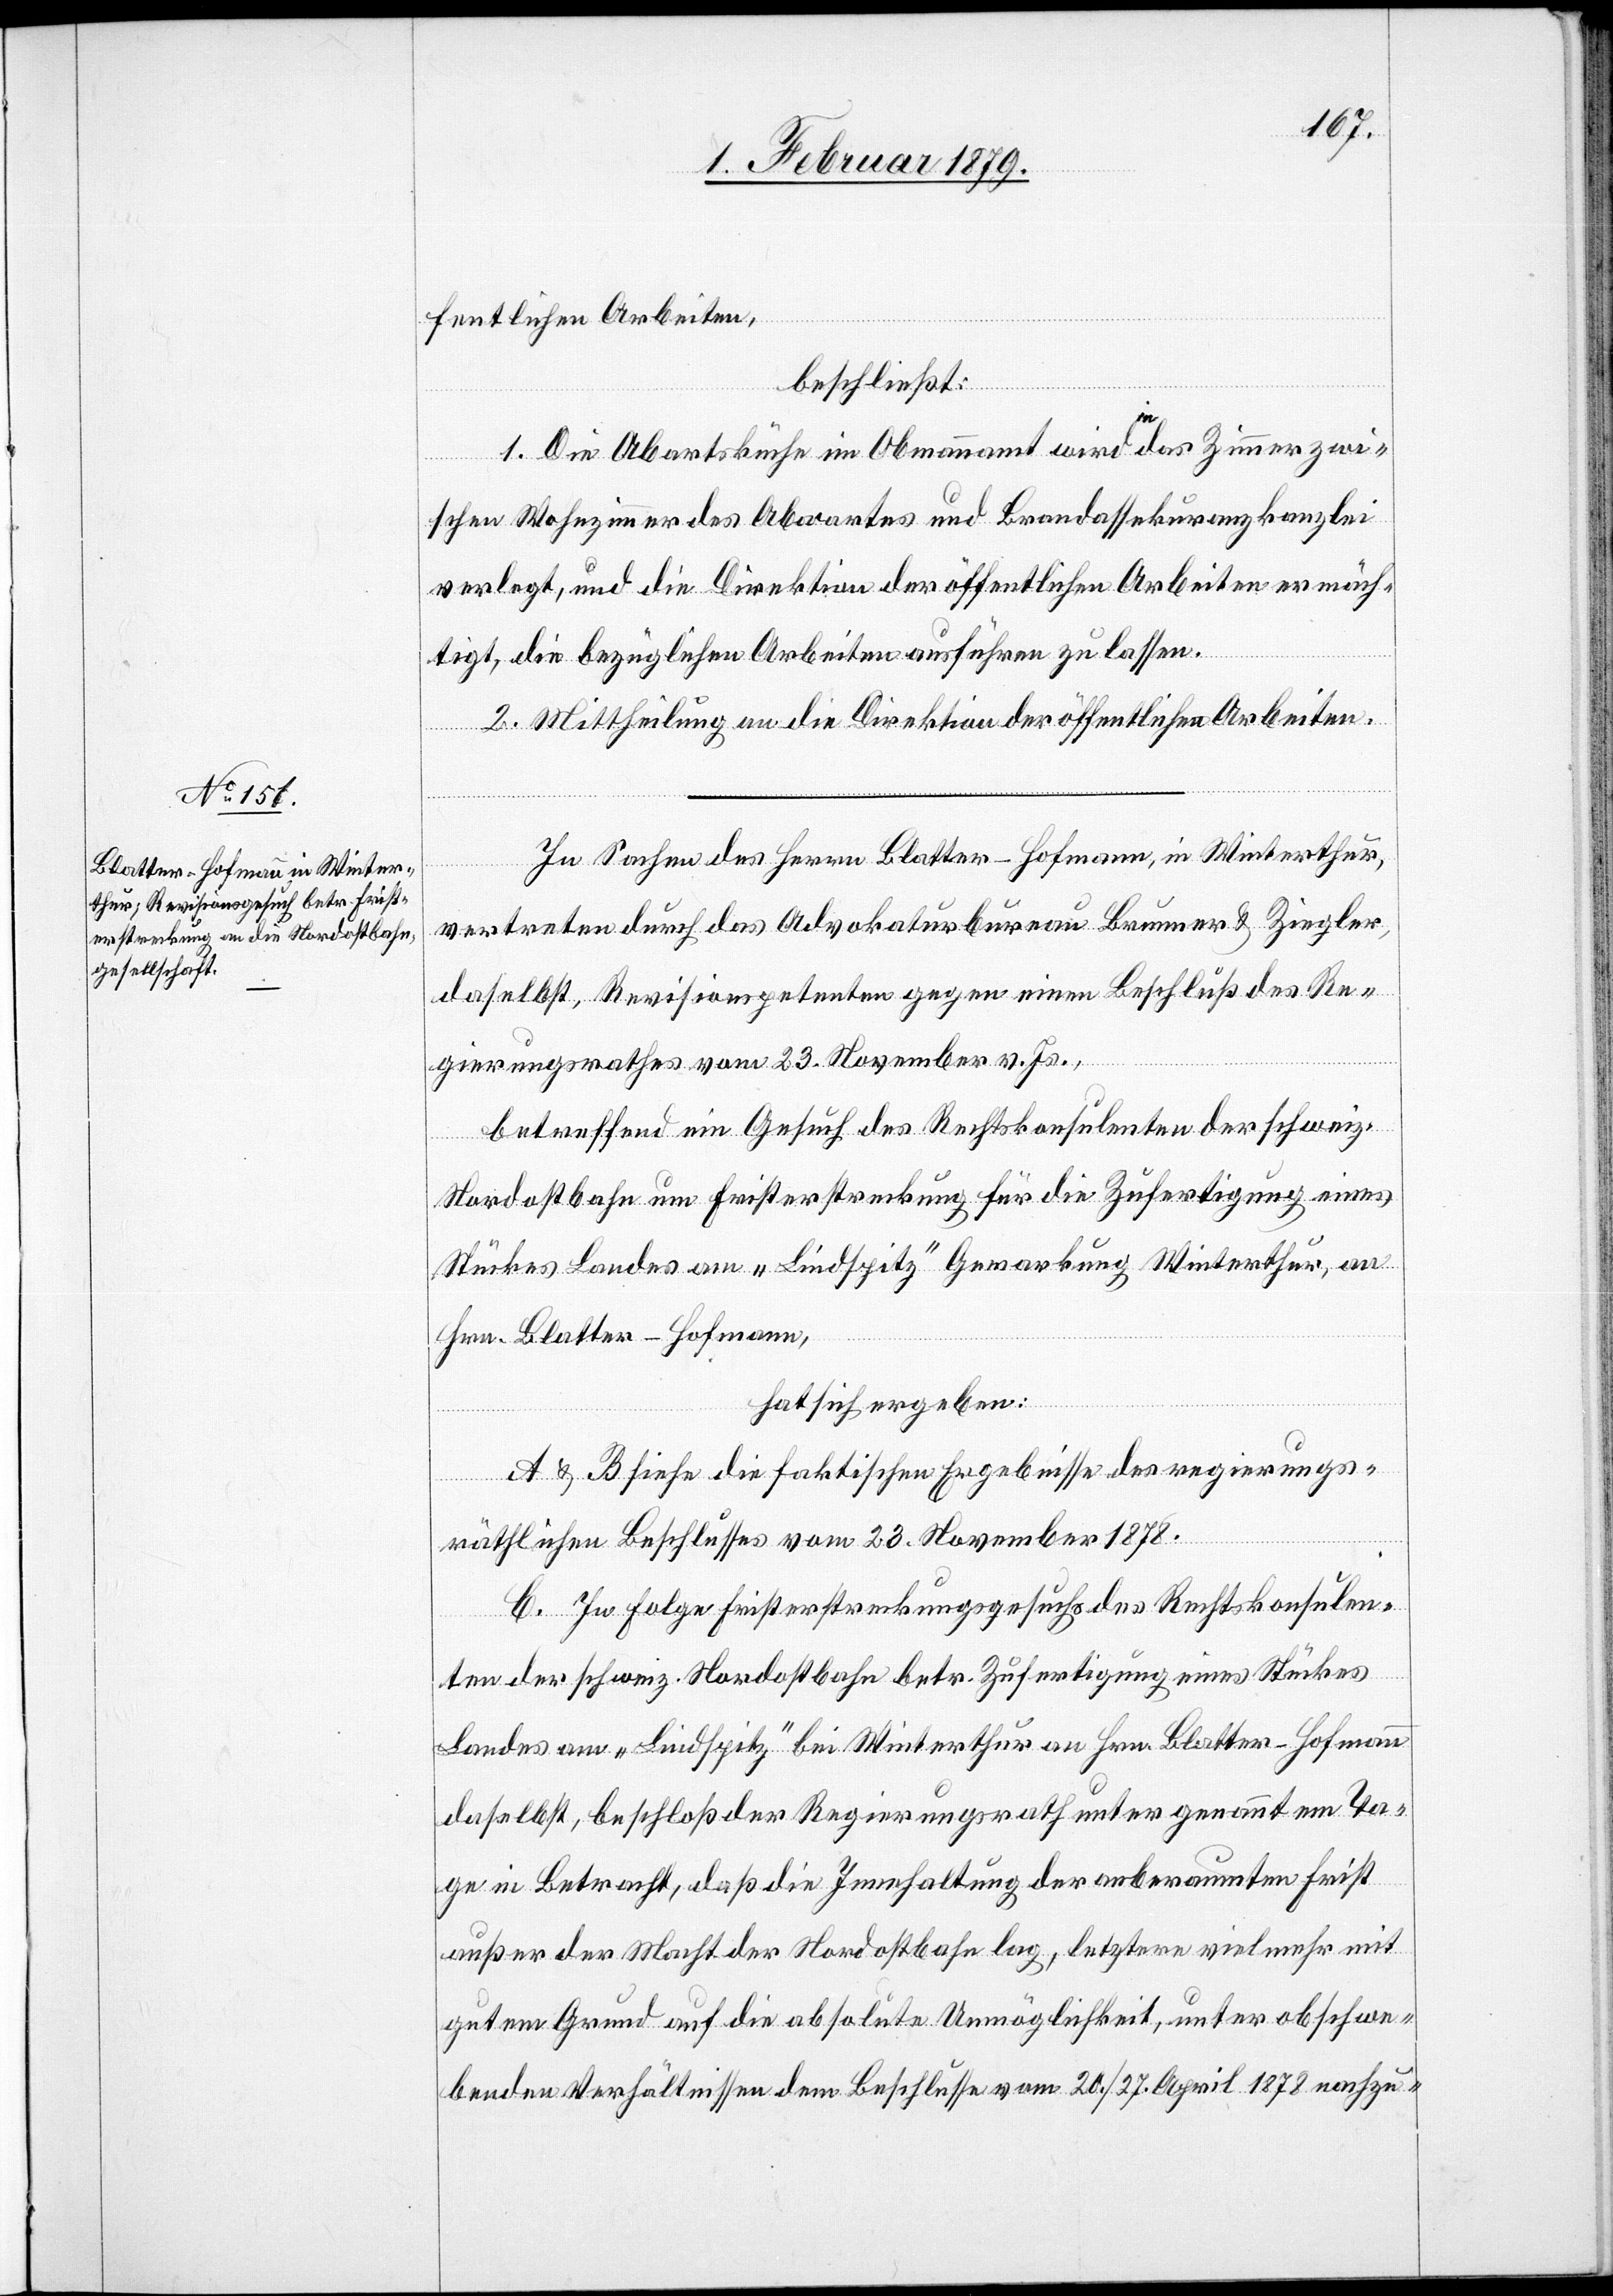
fentlichen Arbeiten,
beschließt:
1. Die Ab[w]artsküche im Obmannamt wird a-in-a das Zimmer zwi¬
schen Wohnzimmer des Abwartes und Brandassekuranzkanzlei
verlegt, und die Direktion der öffentlichen Arbeiten ermäch¬
tigt, die bezüglichen Arbeiten ausführen zu lassen.
2. Mittheilung an die Direktion der öffentlichen Arbeiten.